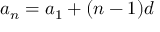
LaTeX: a _ { n } = a _ { 1 } + ( n - 1 ) d